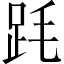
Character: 𣭻